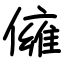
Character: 㒕